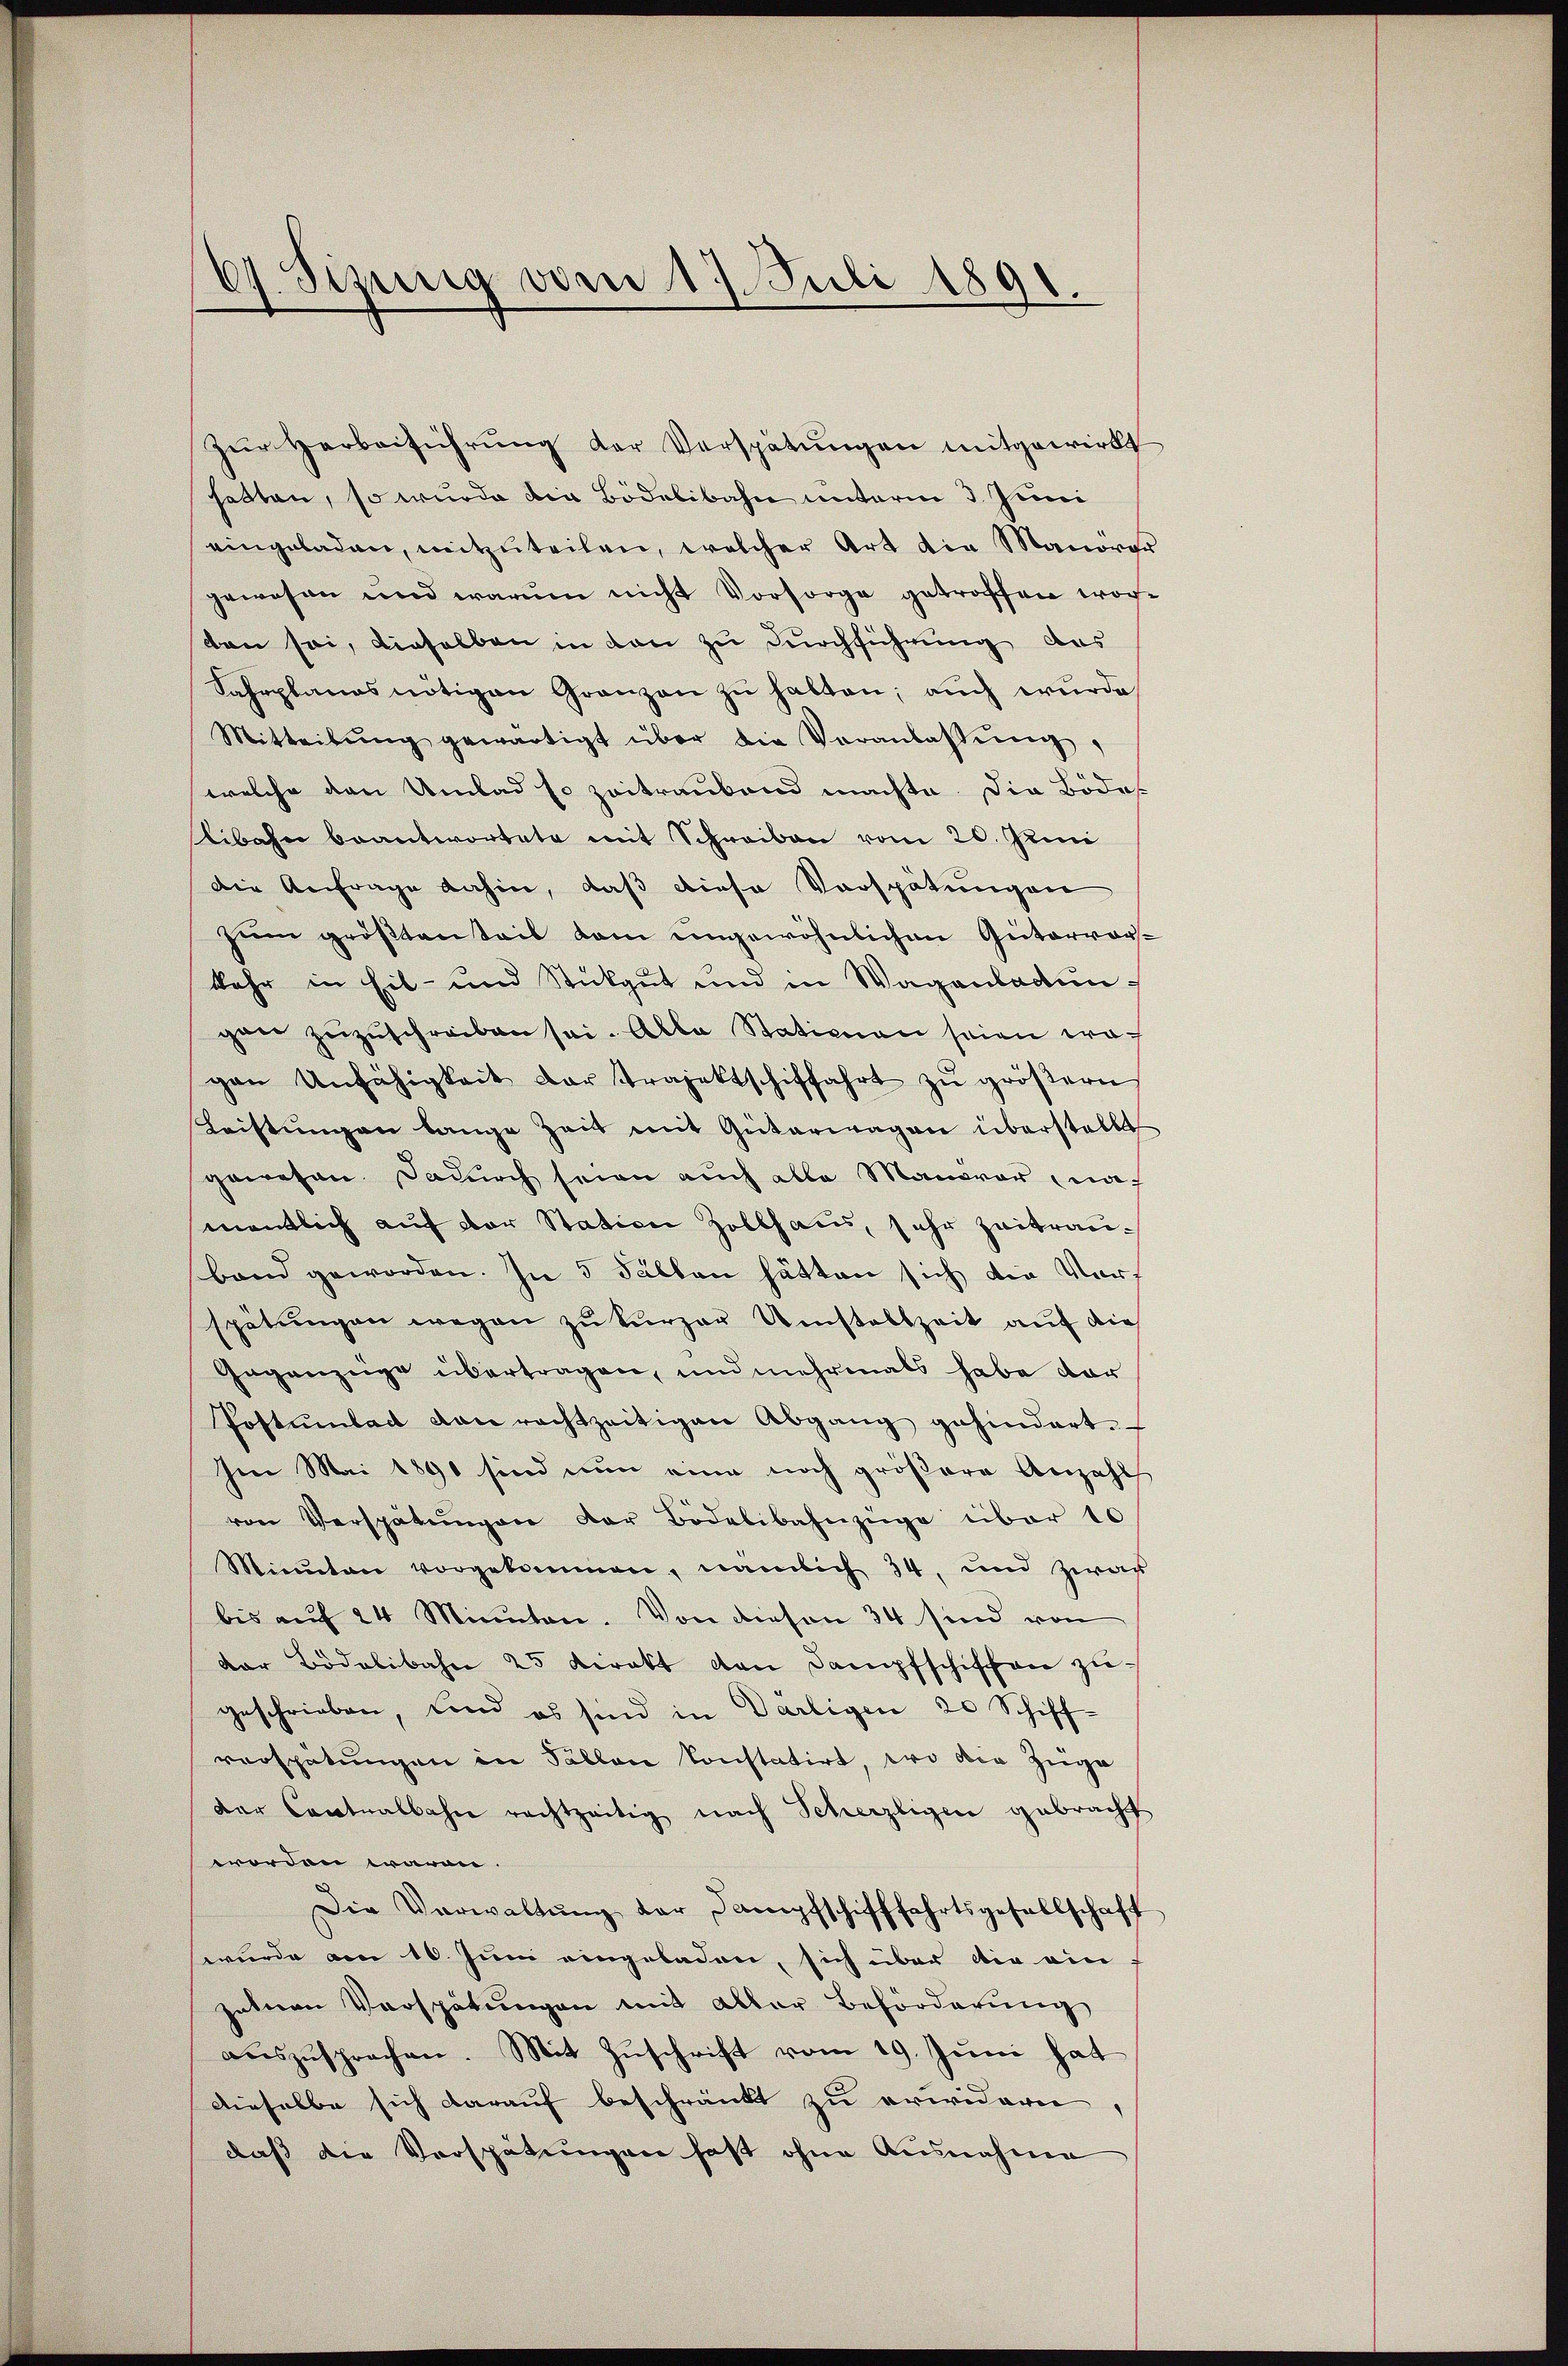
61. Sizung von 1
Juli 1890.

zŭr Herbeiführŭng der Verspätŭngen mitgewirkt
hatten, so wurde die Bödelibahn unterm 3. Juni
eingeladen, mitzŭteilen, welcher Art die Manorg
gewesen und warum nicht Vorsorge getroffen wor-
den sei, dieselben in den zu durchführung das
Fahrplanes nötigen Granzen zu halten; auch wurde
Mitteilŭng gewärtigt über die Veranlassŭng,
welche den Umlad so zeitraubend machte. Die Bödes
libahn beantwortete mit Schreiben vom 20. Juni
die Anfrage dahin, daß diese Vorspätungen
zum größten Teil dem ungewöhnlichen Gütervorskehr in Eil- und Stükgŭt und in Wagenladun
gen zŭzŭschreiben sei. Alle Stationen seien wa
gen Unfähigkeit der Projektschiffahrt zŭ gröβern
Leistŭngen lange Zeit mit Güterwagen überstellt
gewesen. Dadurch seien auch alle Manovar nach
mentlich auf der Station Zollhaus, sehr zeitrauband geworden. In 5 Fällen hätten sich die Vorf
spätungen wegen zu kurzer Umstallzeit auf die
Gegenzeige übertragen, und mehrmals habe dar
Postulat von rechtzeitigen Abgang gehindert.
Im Mai 1891 sind nun eine noch größere Anzahl
von Verspätungen der Bidelibahnzüge über 10
Minuten vorgekommen, nämlich 34, und zwar
bis aŭf 24 Minuten. Von diesen 34 sind von
dar Bodelibahn 25 direkt von Dampfschiffen zugeschrieben, und es sind in Dartigen 20 Schiff-
verspätungen in Fällen konstatirt, wo die Züge
Der Contralbahn rachtzeitig nach Scherzligen gebracht
worden waren.
Die Verwaltŭng der Dampfschifffahrtsgesellschaft
wurde am 10. Juni eingeladen, sich über die ein
zahnen Verspätungen mit aller Beförderung
auszusprechen. Mit Zuschrift vom 19. Juni hat
Dieselbe sich darauf beschränkt zu erwidern
daß die Verspätungen fast ohne Ausnahme